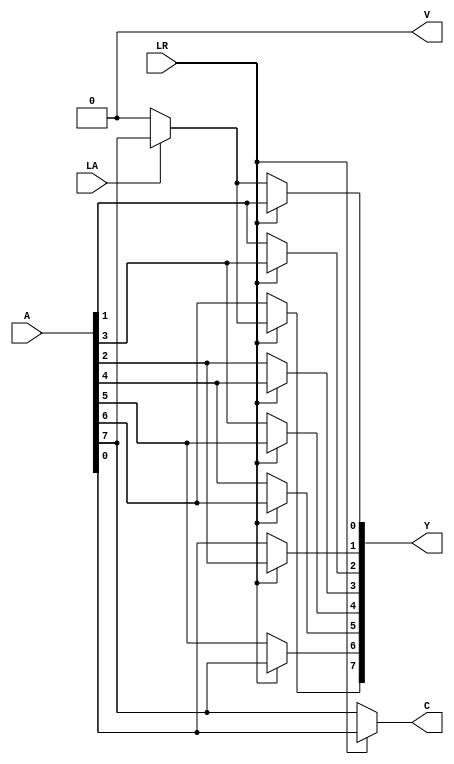
module shifter(A, Y, LA, LR, C, V); // add all inputs and outputs inside parentheses

  // inputs
  input 				 LA, LR;
  input [7:0]  	 A;

  // outputs
  output 			 C, V;
  output reg [7:0] Y;
  
  // reg and internal variable definitions
  wire SI;

  // implement module here
  
  // if arithmetic shift, assign SI as MSB, 
  // otherwise SI is 0.
  assign SI = LA ? A[7] : 1'b0;
  
  // if right shift, assign LSB to SO,
  // otherwise SO is MSB.
  assign C = LR ? A[0] : A[7];
  
  // shifting left and shifting right
  always @(*)begin
	if(LR) begin // right shift
		Y[7] <= SI;
		Y[6] <= A[7];
		Y[5] <= A[6];			
		Y[4] <= A[5];
		Y[3] <= A[4];
		Y[2] <= A[3];
		Y[1] <= A[2];
		Y[0] <= A[1];
	end
	else begin // left shift
		Y[7] <= A[6];
		Y[6] <= A[5];
		Y[5] <= A[4];
		Y[4] <= A[3];
		Y[3] <= A[2];
		Y[2] <= A[1];
		Y[1] <= A[0];
		Y[0] <= SI;
	 end
  end
  
  // overflow detection
  assign V = 0;
  
endmodule